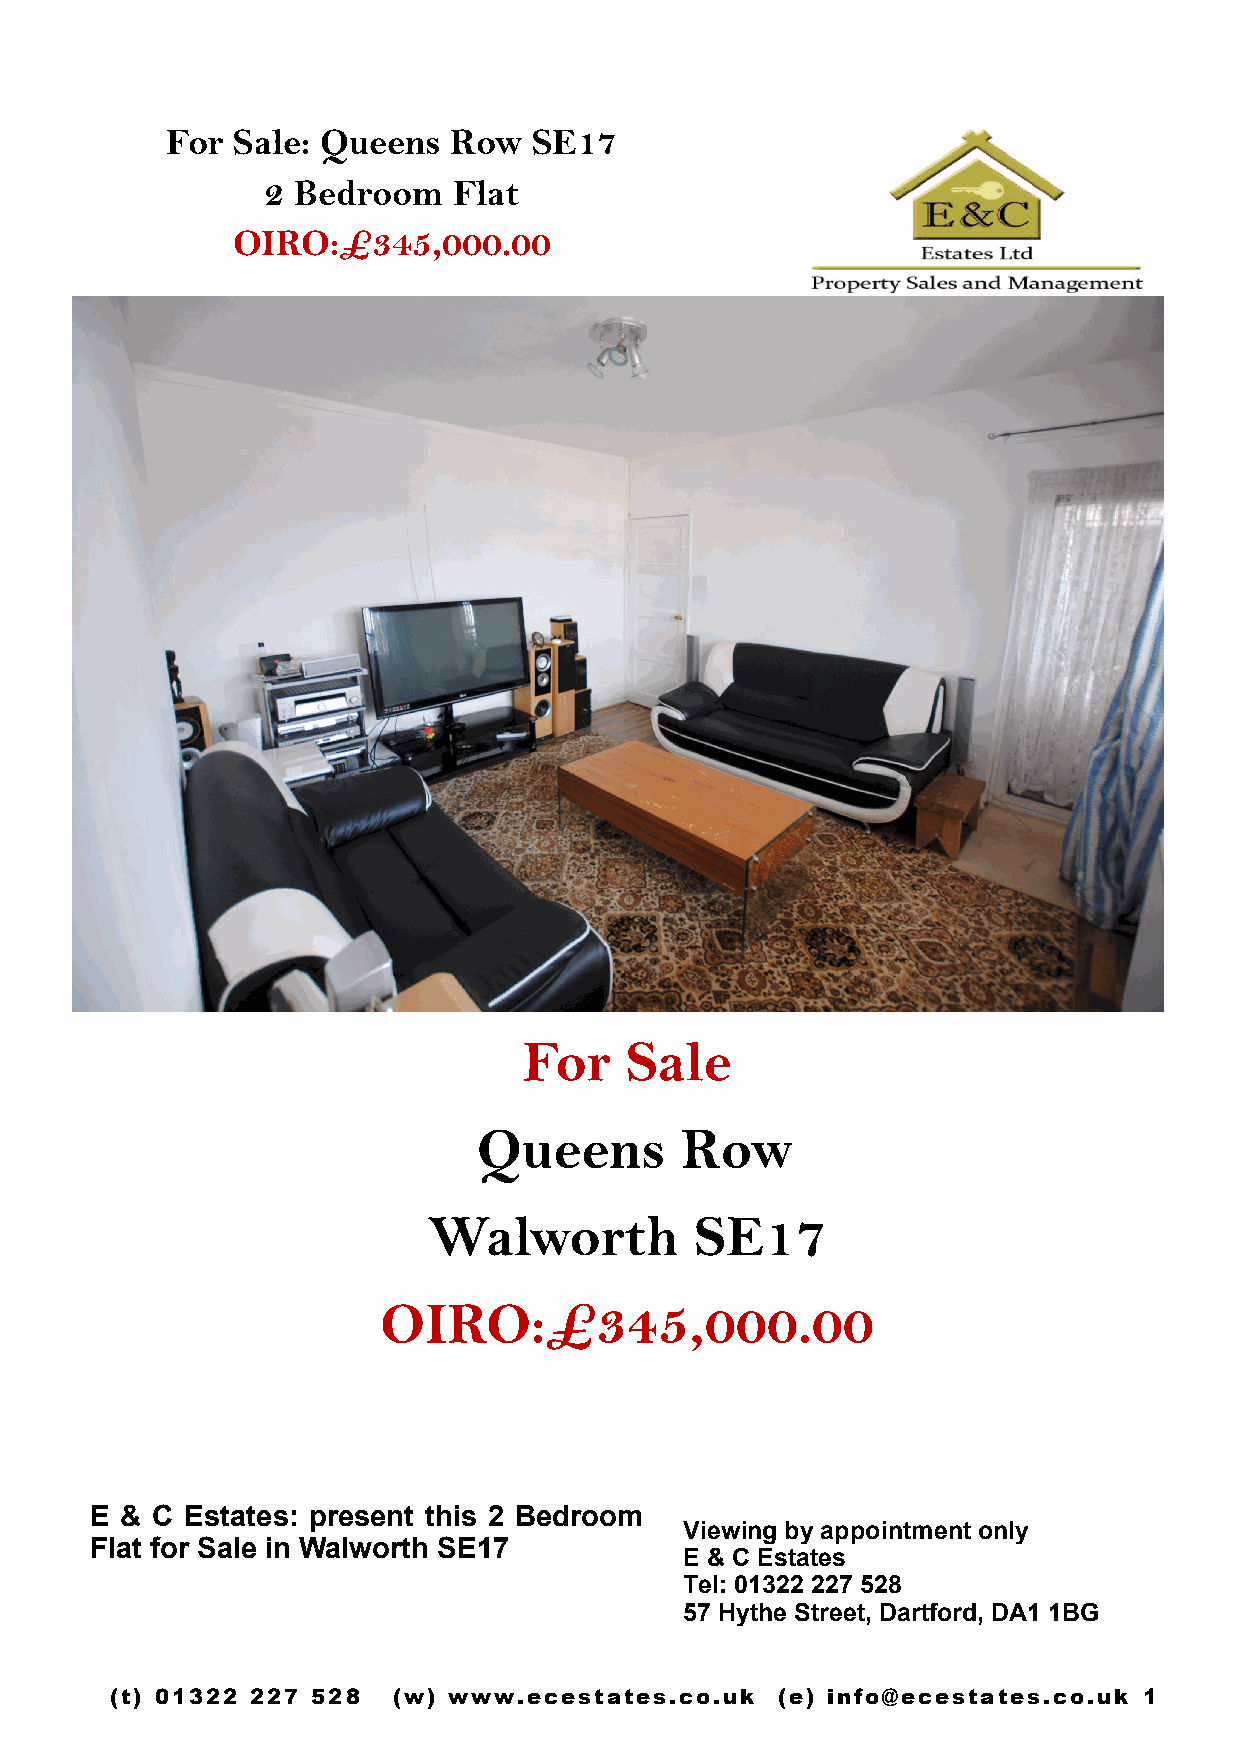
For Sale: Queens   Row  SE17
 2 Bedroom    Flat
 OIRO:£345,000.00
 For   Sale
 Queens       Row
 Walworth          SE17
 OIRO:£345,000.00
 E & C Estates: present this 2 Bedroom
 Viewing by appointment only
 Flat for Sale in Walworth SE17
 E & C Estates
 Tel: 01322 227 528
 57 Hythe Street, Dartford, DA1 1BG
 (t) 01322 227 528  (w) www.ecestates.co.uk  (e) info@ecestates.co.uk 1